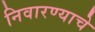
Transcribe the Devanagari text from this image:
निवारण्याचे